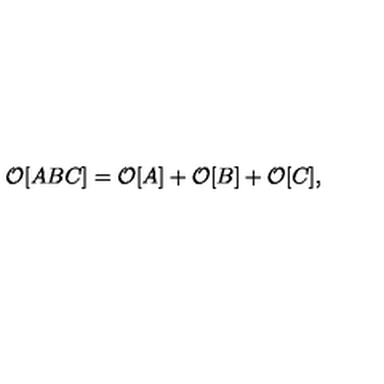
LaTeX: { \cal O } [ A B C ] = { \cal O } [ A ] + { \cal O } [ B ] + { \cal O } [ C ] ,